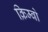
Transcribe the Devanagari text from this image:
क्रिम्बो